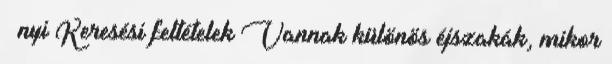
nyi Keresési feltételek Vannak különös éjszakák, mikor